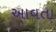
અાવતા